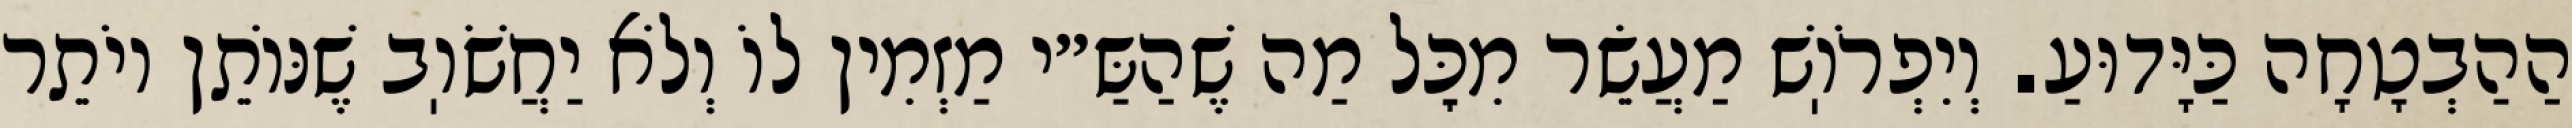
הַהַבְטָחָה כַּיָּדוּעַ. וְיִפְרֹוֽשׁ מַעֲשֵׂר מִכׇּל מַה שֶׁהַשַּ״י מַזְמִין לוֹ וְלֹא יַחֲשֹׁוֽב שֶׁנּוֹתֵן יוֹתֵר